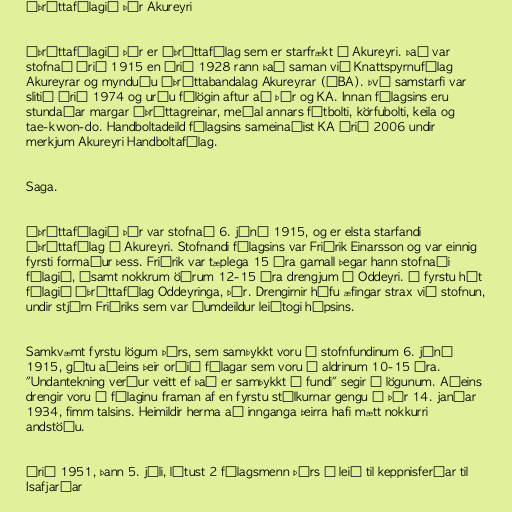
Íþróttafélagið Þór Akureyri

Íþróttafélagið Þór er íþróttafélag sem er starfrækt á Akureyri. Það var
stofnað árið 1915 en árið 1928 rann það saman við Knattspyrnufélag
Akureyrar og mynduðu Íþróttabandalag Akureyrar (ÍBA). Því samstarfi var
slitið árið 1974 og urðu félögin aftur að Þór og KA. Innan félagsins eru
stundaðar margar íþróttagreinar, meðal annars fótbolti, körfubolti, keila og
tae-kwon-do. Handboltadeild félagsins sameinaðist KA árið 2006 undir
merkjum Akureyri Handboltafélag.

Saga.

Íþróttafélagið Þór var stofnað 6. júní 1915, og er elsta starfandi
íþróttafélag á Akureyri. Stofnandi félagsins var Friðrik Einarsson og var einnig
fyrsti formaður þess. Friðrik var tæplega 15 ára gamall þegar hann stofnaði
félagið, ásamt nokkrum öðrum 12-15 ára drengjum á Oddeyri. Í fyrstu hét
félagið Íþróttafélag Oddeyringa, Þór. Drengirnir hófu æfingar strax við stofnun,
undir stjórn Friðriks sem var óumdeildur leiðtogi hópsins.

Samkvæmt fyrstu lögum Þórs, sem samþykkt voru á stofnfundinum 6. júní
1915, gátu aðeins þeir orðið félagar sem voru á aldrinum 10-15 ára.
"Undantekning verður veitt ef það er samþykkt á fundi" segir í lögunum. Aðeins
drengir voru í félaginu framan af en fyrstu stúlkurnar gengu í Þór 14. janúar
1934, fimm talsins. Heimildir herma að innganga þeirra hafi mætt nokkurri
andstöðu.

Árið 1951, þann 5. júli, létust 2 félagsmenn Þórs á leið til keppnisferðar til
Isafjarðar